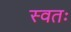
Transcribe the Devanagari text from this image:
स्वतः